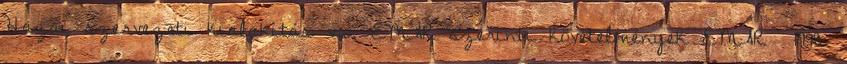
Hazai szervezeti kialakítás vs. EMAR szerinti követelmények EMAR 1998.